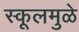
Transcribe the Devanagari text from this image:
स्कूलमुळे